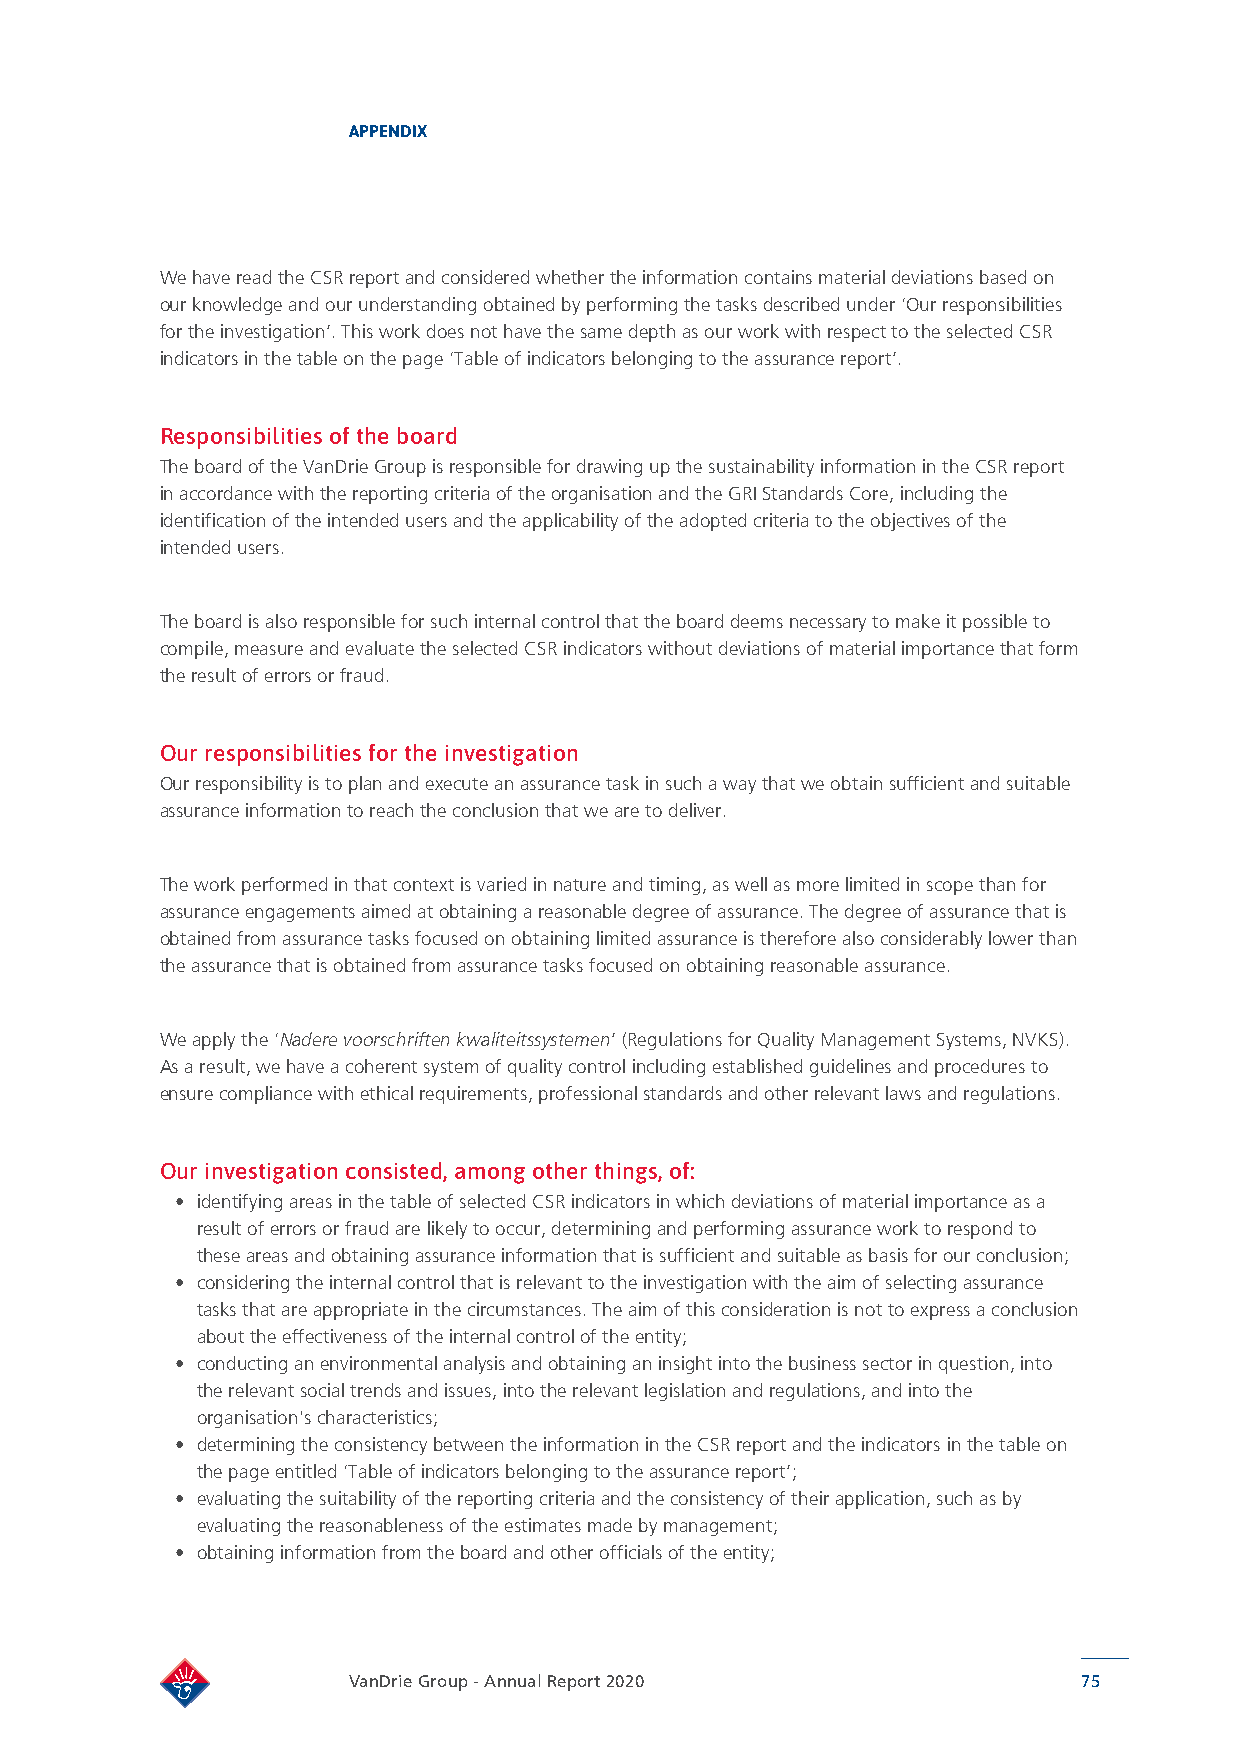
APPENDIX
 We have read the CSR report and considered whether the information contains material deviations based on
 our knowledge and our understanding obtained by performing the tasks described under ‘Our responsibilities
 for the investigation’. This work does not have the same depth as our work with respect to the selected CSR
 indicators in the table on the page ‘Table of indicators belonging to the assurance report’.
 Responsibilities of the board
 The board of the VanDrie Group is responsible for drawing up the sustainability information in the CSR report
 in accordance with the reporting criteria of the organisation and the GRI Standards Core, including the
 identification of the intended users and the applicability of the adopted criteria to the objectives of the
 intended users.
 The board is also responsible for such internal control that the board deems necessary to make it possible to
 compile, measure and evaluate the selected CSR indicators without deviations of material importance that form
 the result of errors or fraud.
 Our responsibilities for the investigation
 Our responsibility is to plan and execute an assurance task in such a way that we obtain sufficient and suitable
 assurance information to reach the conclusion that we are to deliver.
 The work performed in that context is varied in nature and timing, as well as more limited in scope than for
 assurance engagements aimed at obtaining a reasonable degree of assurance. The degree of assurance that is
 obtained from assurance tasks focused on obtaining limited assurance is therefore also considerably lower than
 the assurance that is obtained from assurance tasks focused on obtaining reasonable assurance.
 We apply the ‘Nadere voorschriften kwaliteitssystemen’ (Regulations for Quality Management Systems, NVKS).
 As a result, we have a coherent system of quality control including established guidelines and procedures to
 ensure compliance with ethical requirements, professional standards and other relevant laws and regulations.
 Our investigation consisted, among other things, of:
 • identifying areas in the table of selected CSR indicators in which deviations of material importance as a
 result of errors or fraud are likely to occur, determining and performing assurance work to respond to
 these areas and obtaining assurance information that is sufficient and suitable as basis for our conclusion;
 • considering the internal control that is relevant to the investigation with the aim of selecting assurance
 tasks that are appropriate in the circumstances. The aim of this consideration is not to express a conclusion
 about the effectiveness of the internal control of the entity;
 • conducting an environmental analysis and obtaining an insight into the business sector in question, into
 the relevant social trends and issues, into the relevant legislation and regulations, and into the
 organisation's characteristics;
 • determining the consistency between the information in the CSR report and the indicators in the table on
 the page entitled ‘Table of indicators belonging to the assurance report’;
 • evaluating the suitability of the reporting criteria and the consistency of their application, such as by
 evaluating the reasonableness of the estimates made by management;
 • obtaining information from the board and other officials of the entity;
 VanDrie Group - Annual Report 2020               75